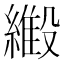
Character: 𬗿